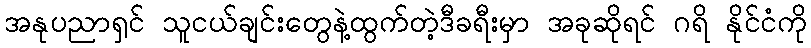
အနုပညာရှင် သူငယ်ချင်းတွေနဲ့ထွက်တဲ့ဒီခရီးမှာ အခုဆိုရင် ဂရိ နိုင်ငံကို